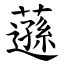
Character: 䕖